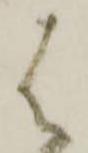
は